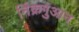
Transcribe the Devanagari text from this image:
र्निक्रगुआन